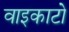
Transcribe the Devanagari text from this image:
वाइकाटो